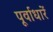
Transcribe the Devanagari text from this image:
पूर्वाधारें